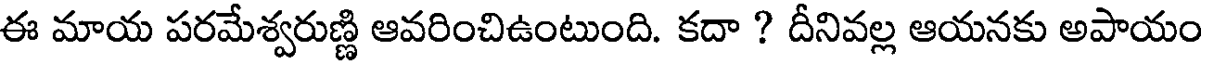
ఈ మాయ పరమేశ్వరుణ్ణి ఆవరించిఉంటుంది. కదా ? దీనివల్ల ఆయనకు అపాయం